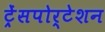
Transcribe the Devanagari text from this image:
ट्रेंसपोर्टेशन